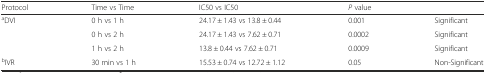
<table><thead><tr><td><b>Protocol</b></td><td><b>Time vs Time</b></td><td><b>IC50 vs IC50</b></td><td><b><i>P</i> value</b></td><td>[EMPTY_CELL]</td></tr></thead><tbody><tr><td><sup>a</sup>DVI</td><td>0 h vs 1 h</td><td>24.17 ± 1.43 vs 13.8 ± 0.44</td><td>0.001</td><td>Significant</td></tr><tr><td>[EMPTY_CELL]</td><td>0 h vs 2 h</td><td>24.17 ± 1.43 vs 7.62 ± 0.71</td><td>0.0002</td><td>Significant</td></tr><tr><td>[EMPTY_CELL]</td><td>1 h vs 2 h</td><td>13.8 ± 0.44 vs 7.62 ± 0.71</td><td>0.0009</td><td>Significant</td></tr><tr><td><sup>b</sup>IVR</td><td>30 min vs 1 h</td><td>15.53 ± 0.74 vs 12.72 ± 1.12</td><td>0.05</td><td>Non-Significant</td></tr></tbody></table>